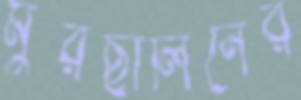
মুরছালিনের